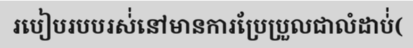
របៀបរបបរស់់នៅមានការប្រែប្រួលជាលំដាប់់(